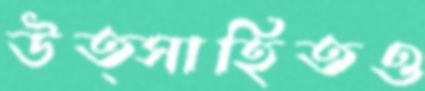
উত্সাহিতও